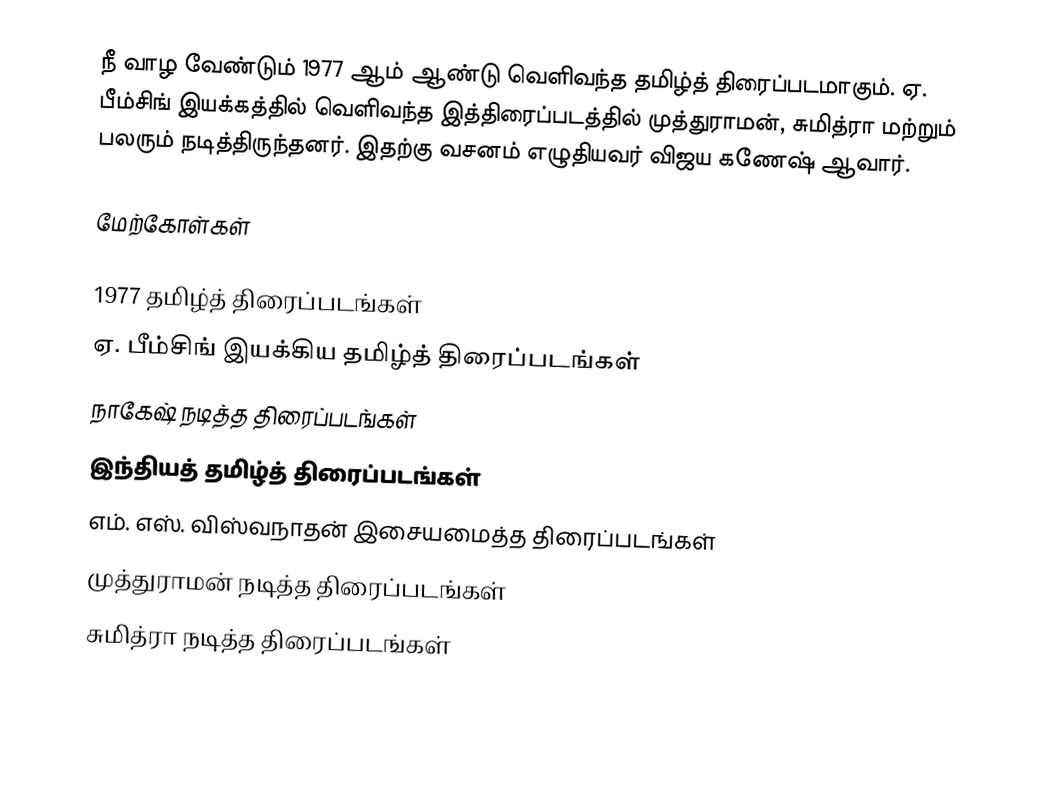
நீ வாழ வேண்டும் 1977 ஆம் ஆண்டு வெளிவந்த தமிழ்த் திரைப்படமாகும். ஏ. பீம்சிங் இயக்கத்தில் வெளிவந்த இத்திரைப்படத்தில் முத்துராமன், சுமித்ரா மற்றும் பலரும் நடித்திருந்தனர். இதற்கு வசனம் எழுதியவர் விஜய கணேஷ் ஆவார்.

மேற்கோள்கள்

1977 தமிழ்த் திரைப்படங்கள்
ஏ. பீம்சிங் இயக்கிய தமிழ்த் திரைப்படங்கள்
நாகேஷ் நடித்த திரைப்படங்கள்
இந்தியத் தமிழ்த் திரைப்படங்கள்
எம். எஸ். விஸ்வநாதன் இசையமைத்த திரைப்படங்கள்
முத்துராமன் நடித்த திரைப்படங்கள்
சுமித்ரா நடித்த திரைப்படங்கள்